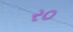
ર૦